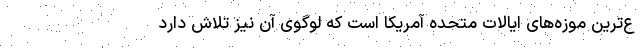
ع‌ترین موزه‌های ایالات متحده آمریکا است که لوگوی آن نیز تلاش دارد